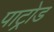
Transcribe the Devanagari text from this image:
पाट्रोड